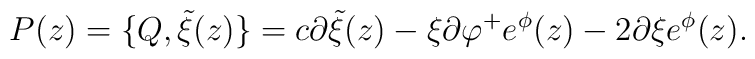
P(z)=\{ Q,{\tilde \xi} (z)\}=c\partial {\tilde \xi}(z)-\xi\partial\varphi ^+e^{\phi}(z)-2\partial \xi e^{\phi}(z).